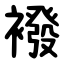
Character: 襏